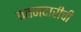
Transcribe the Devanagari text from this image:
वतनदारीची